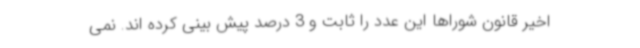
اخیر قانون شوراها این عدد را ثابت و 3 درصد پیش بینی کرده اند. نمی